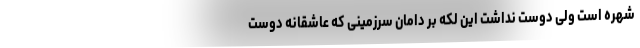
شهره است ولی دوست نداشت این لکه بر دامان سرزمینی که عاشقانه دوست